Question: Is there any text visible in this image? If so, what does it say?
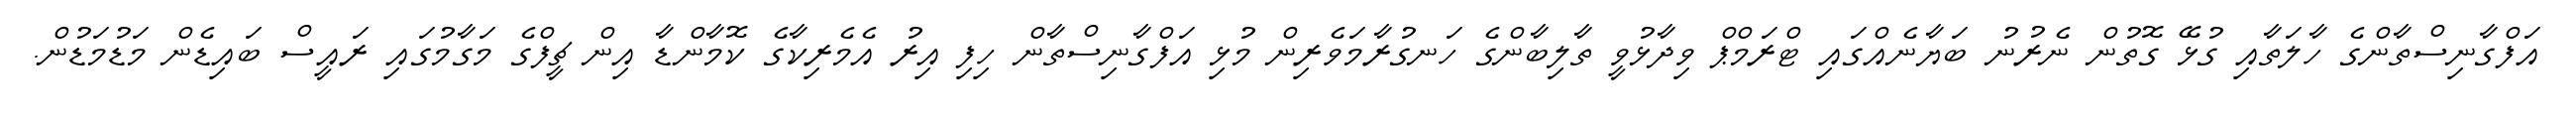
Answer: އަފްގާނިސްތާންގެ ހާލަތާއި ގުޅޭ ގޮތުން ނެރުނު ބަޔާނެއްގައި ޓްރަމްޕް ވިދާޅުވީ ތާލިބާންގެ ހަނގުރާމަވެރިން މުޅި އަފްގާނިސްތާން ހިފި އިރު އެމެރިކާގެ ކޮމާންޑާ އިން ޗީފްގެ މަގާމުގައި ރައީސް ބައިޑެން މަޑުމަޑުން.